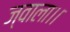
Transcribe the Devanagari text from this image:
ज्वाला।।